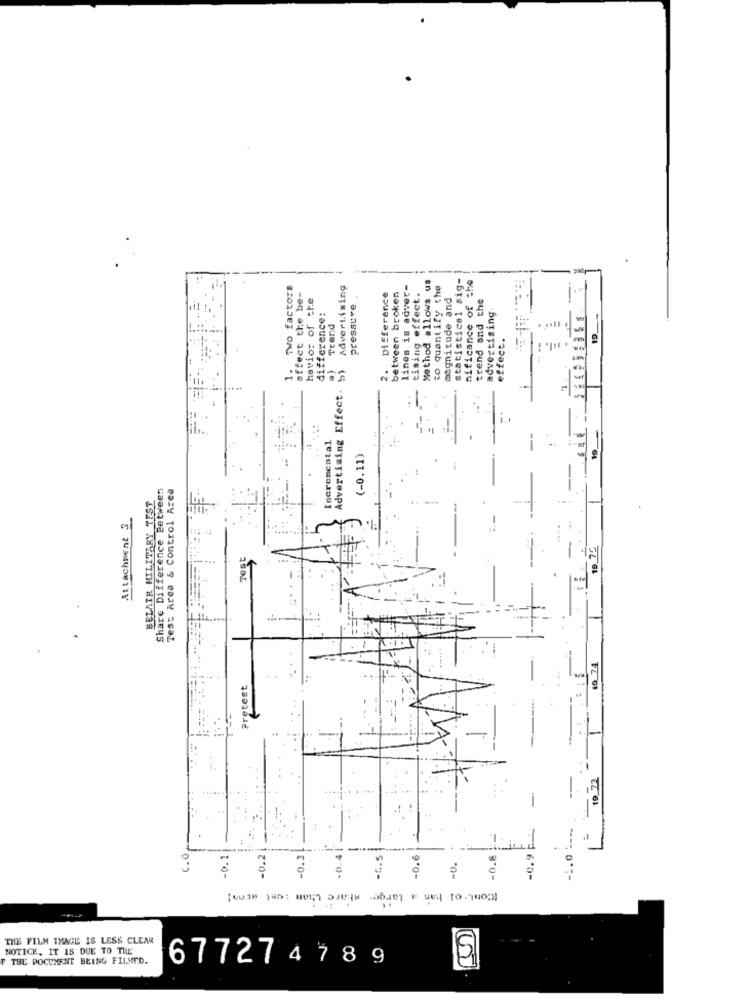
statistical sig-
Two factor
Advertising
lines is adver-
tising effect.
Method allows us
to quantify the
nificance of the
affect the be-
havior of the
Difference
between broken
magnitude and
trend and the
pressure
difference:
advertising
19 --
Trend
effect.
1.
2.
a)
Advertising Effect.
Incremental
(-0.11)
Share Difference Between
Test Area & Control Area
BELAIR MILITARY TEST
Attachment S_
Test
19_74
Pretest
: .
-:. 0 --
C. O
-0.9
-0.1
-0.3
-0.4
-
-0.6
-U.
[Cout. ol ban a large share L!w
THE FILM THAGE IS LESS CLEAR
NOTICE. IT 15 DUE TO THE'
F THE DOCUMENT BEING FILMED.
67727478 9